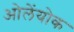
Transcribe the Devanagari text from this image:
ओलेंयोक